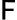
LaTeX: \sf{F}